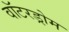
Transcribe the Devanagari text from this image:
वॉटरड्रोम